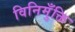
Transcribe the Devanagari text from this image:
विनिमुँक्ति